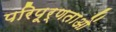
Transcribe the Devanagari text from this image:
परिपूर्णताओं